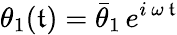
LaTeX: \theta_{1}(\mathfrak{t})=\bar{{\theta}}_{1}\, e^{i\, \omega\, \mathfrak{t}}